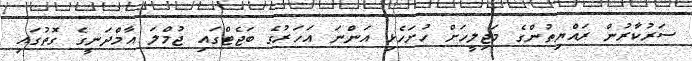
ސަރުކާރުން ރައްޔިތުންގެ މަޖިލީހަށް ހުށަހެޅި އަންނަ އަހަރުގެ ބަޖެޓްގައި ޖުމްލަ އާމްދަނީގެ ގޮތުގައި